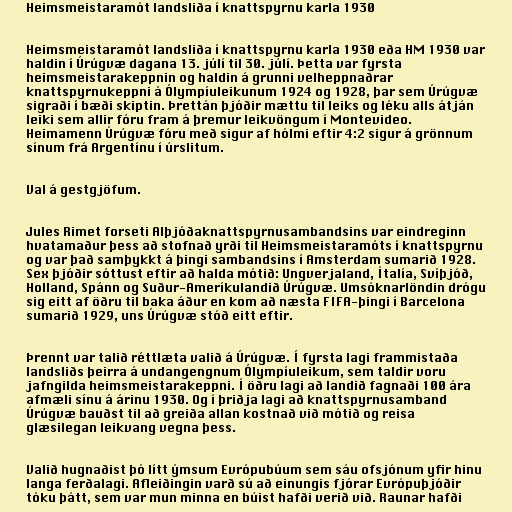
Heimsmeistaramót landsliða í knattspyrnu karla 1930

Heimsmeistaramót landsliða í knattspyrnu karla 1930 eða HM 1930 var
haldin í Úrúgvæ dagana 13. júlí til 30. júlí. Þetta var fyrsta
heimsmeistarakeppnin og haldin á grunni velheppnaðrar
knattspyrnukeppni á Ólympíuleikunum 1924 og 1928, þar sem Úrúgvæ
sigraði í bæði skiptin. Þrettán þjóðir mættu til leiks og léku alls átján
leiki sem allir fóru fram á þremur leikvöngum í Montevideo.
Heimamenn Úrúgvæ fóru með sigur af hólmi eftir 4:2 sigur á grönnum
sínum frá Argentínu í úrslitum.

Val á gestgjöfum.

Jules Rimet forseti Alþjóðaknattspyrnusambandsins var eindreginn
hvatamaður þess að stofnað yrði til Heimsmeistaramóts í knattspyrnu
og var það samþykkt á þingi sambandsins í Amsterdam sumarið 1928.
Sex þjóðir sóttust eftir að halda mótið: Ungverjaland, Ítalía, Svíþjóð,
Holland, Spánn og Suður-Ameríkulandið Úrúgvæ. Umsóknarlöndin drógu
sig eitt af öðru til baka áður en kom að næsta FIFA-þingi í Barcelona
sumarið 1929, uns Úrúgvæ stóð eitt eftir.

Þrennt var talið réttlæta valið á Úrúgvæ. Í fyrsta lagi frammistaða
landsliðs þeirra á undangengnum Ólympíuleikum, sem taldir voru
jafngilda heimsmeistarakeppni. Í öðru lagi að landið fagnaði 100 ára
afmæli sínu á árinu 1930. Og í þriðja lagi að knattspyrnusamband
Úrúgvæ bauðst til að greiða allan kostnað við mótið og reisa
glæsilegan leikvang vegna þess.

Valið hugnaðist þó lítt ýmsum Evrópubúum sem sáu ofsjónum yfir hinu
langa ferðalagi. Afleiðingin varð sú að einungis fjórar Evrópuþjóðir
tóku þátt, sem var mun minna en búist hafði verið við. Raunar hafði